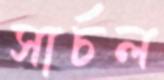
সার্চল